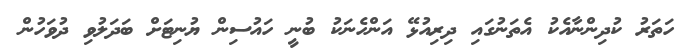
ހަތަރު ކުދިންނާއެކު އެތަނުގައި ދިރިއުޅޭ އަންހެނަކު ބުނީ ހައުސިން ޔުނިޓަށް ބަދަލުވި ދުވަހުން